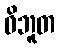
ဝိဘူတ